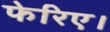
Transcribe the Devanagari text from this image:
फेरिए।